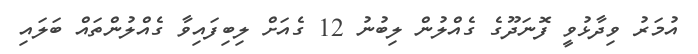
އުމަރު ވިދާޅުވީ ފޮނަދޫގެ ގެއްލުން ލިބުނު 12 ގެއަށް ލިބިފައިވާ ގެއްލުންތައް ބަލައި